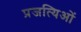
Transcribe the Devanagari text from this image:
प्रजत्यिओं